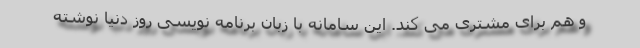
و هم برای مشتری می کند. این سامانه با زبان برنامه نویسی روز دنیا نوشته